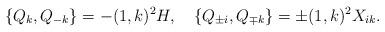
LaTeX: \begin{align*}\{Q_k,Q_{-k}\}=-(1,k)^2H, \quad \{Q_{\pm i},Q_{\mp k}\}=\pm (1,k)^2X_{ik}.\end{align*}